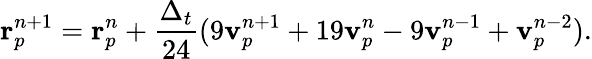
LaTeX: \mathbf{r}_{p}^{n+1}=\mathbf{r}_{p}^{n}+\frac{\Delta_{t}}{24}(9\mathbf{v}_{p}^{n+1}+19\mathbf{v}_{p}^{n}-9\mathbf{v}_{p}^{n-1}+\mathbf{v}_{p}^{n-2}).